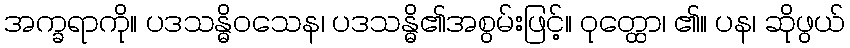
အက္ခရာကို။ ပဒသန္ဓိဝသေန၊ ပဒသန္ဓိ၏အစွမ်းဖြင့်။ ဝုတ္ထော၊ ၏။ ပန၊ ဆိုဖွယ်